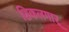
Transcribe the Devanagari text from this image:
शिकलगार्